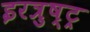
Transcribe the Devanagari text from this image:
इरत्रुष्ट्र